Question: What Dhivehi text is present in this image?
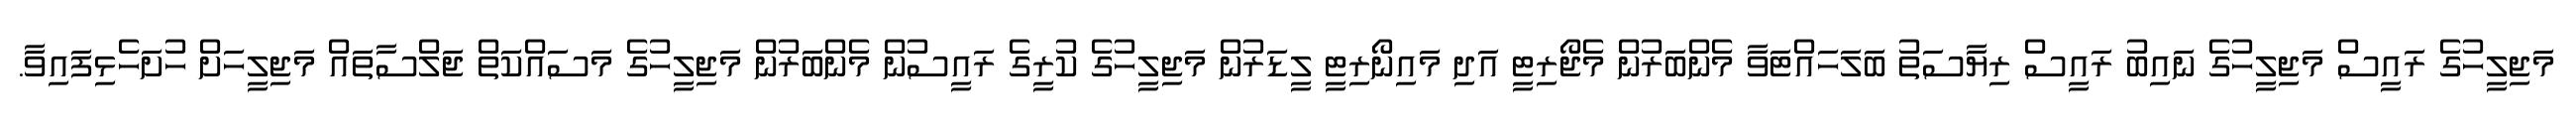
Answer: މަޖިލީހުގެ ރައީސް މަޖިލީހުގެ ނައިބު ރައީސް ރިޔާސަތު ބަލަހައްޓަވާ މެންބަރުން މެޖޯރިޓީ އަދި މައިނޯރިޓީ ލީޑަރުން މަޖިލީހުގެ ކުރީގެ ރައީސުން މެންބަރުން މަޖިލީހުގެ މަސައްކަތް ޖަލްސާތައް މަޖިލީހަށް ހުށަހެޅިފައިވާ.